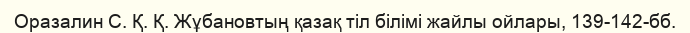
Оразалин С. Қ. Қ. Жұбановтың қазақ тіл білімі жайлы ойлары, 139-142-бб.